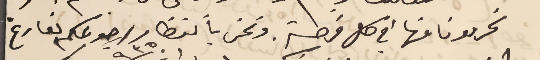
تحرمونا منها في كل فرصة ونحن باننظار رجوعكم بفارغ